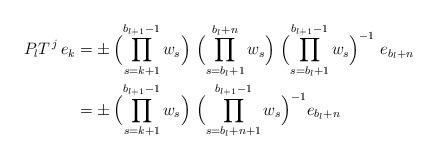
LaTeX: \begin{align*}P_{l}T^{\,j}\,e_{k}&=\pm\, \Bigl(\prod_{s=k+1}^{b_{l+1}-1}w_{s}\Bigr)\ \Bigl( \prod_{s=b_l+1}^{b_{l}+n}w_s\Bigr)\ \Bigl( \prod_{s=b_l+1}^{b_{l+1}-1}w_s\Bigr) ^{-1}\ e_{b_{l}+n } \\&= \pm\,\Bigl( \prod_{s=k+1}^{b_{l+1}-1}w_{s}\Bigr)\ \Bigl( \prod_{s=b_{l}+n+1}^{b_{l+1 } -1 } w_{s} \Bigr)^{-1} e_ {b_{l}+n}\end{align*}